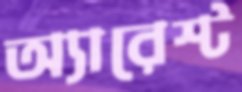
অ্যারেস্ট